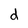
Character: d